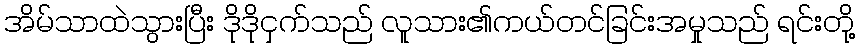
အိမ်သာထဲသွားပြီး ဒိုဒိုငှက်သည် လူသား၏ကယ်တင်ခြင်းအမှုသည် ရင်းတို့